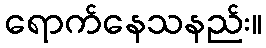
ရောက်နေသနည်း။